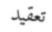
تعقيد